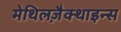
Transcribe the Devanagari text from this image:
मेथिलज़ैक्थाइन्स